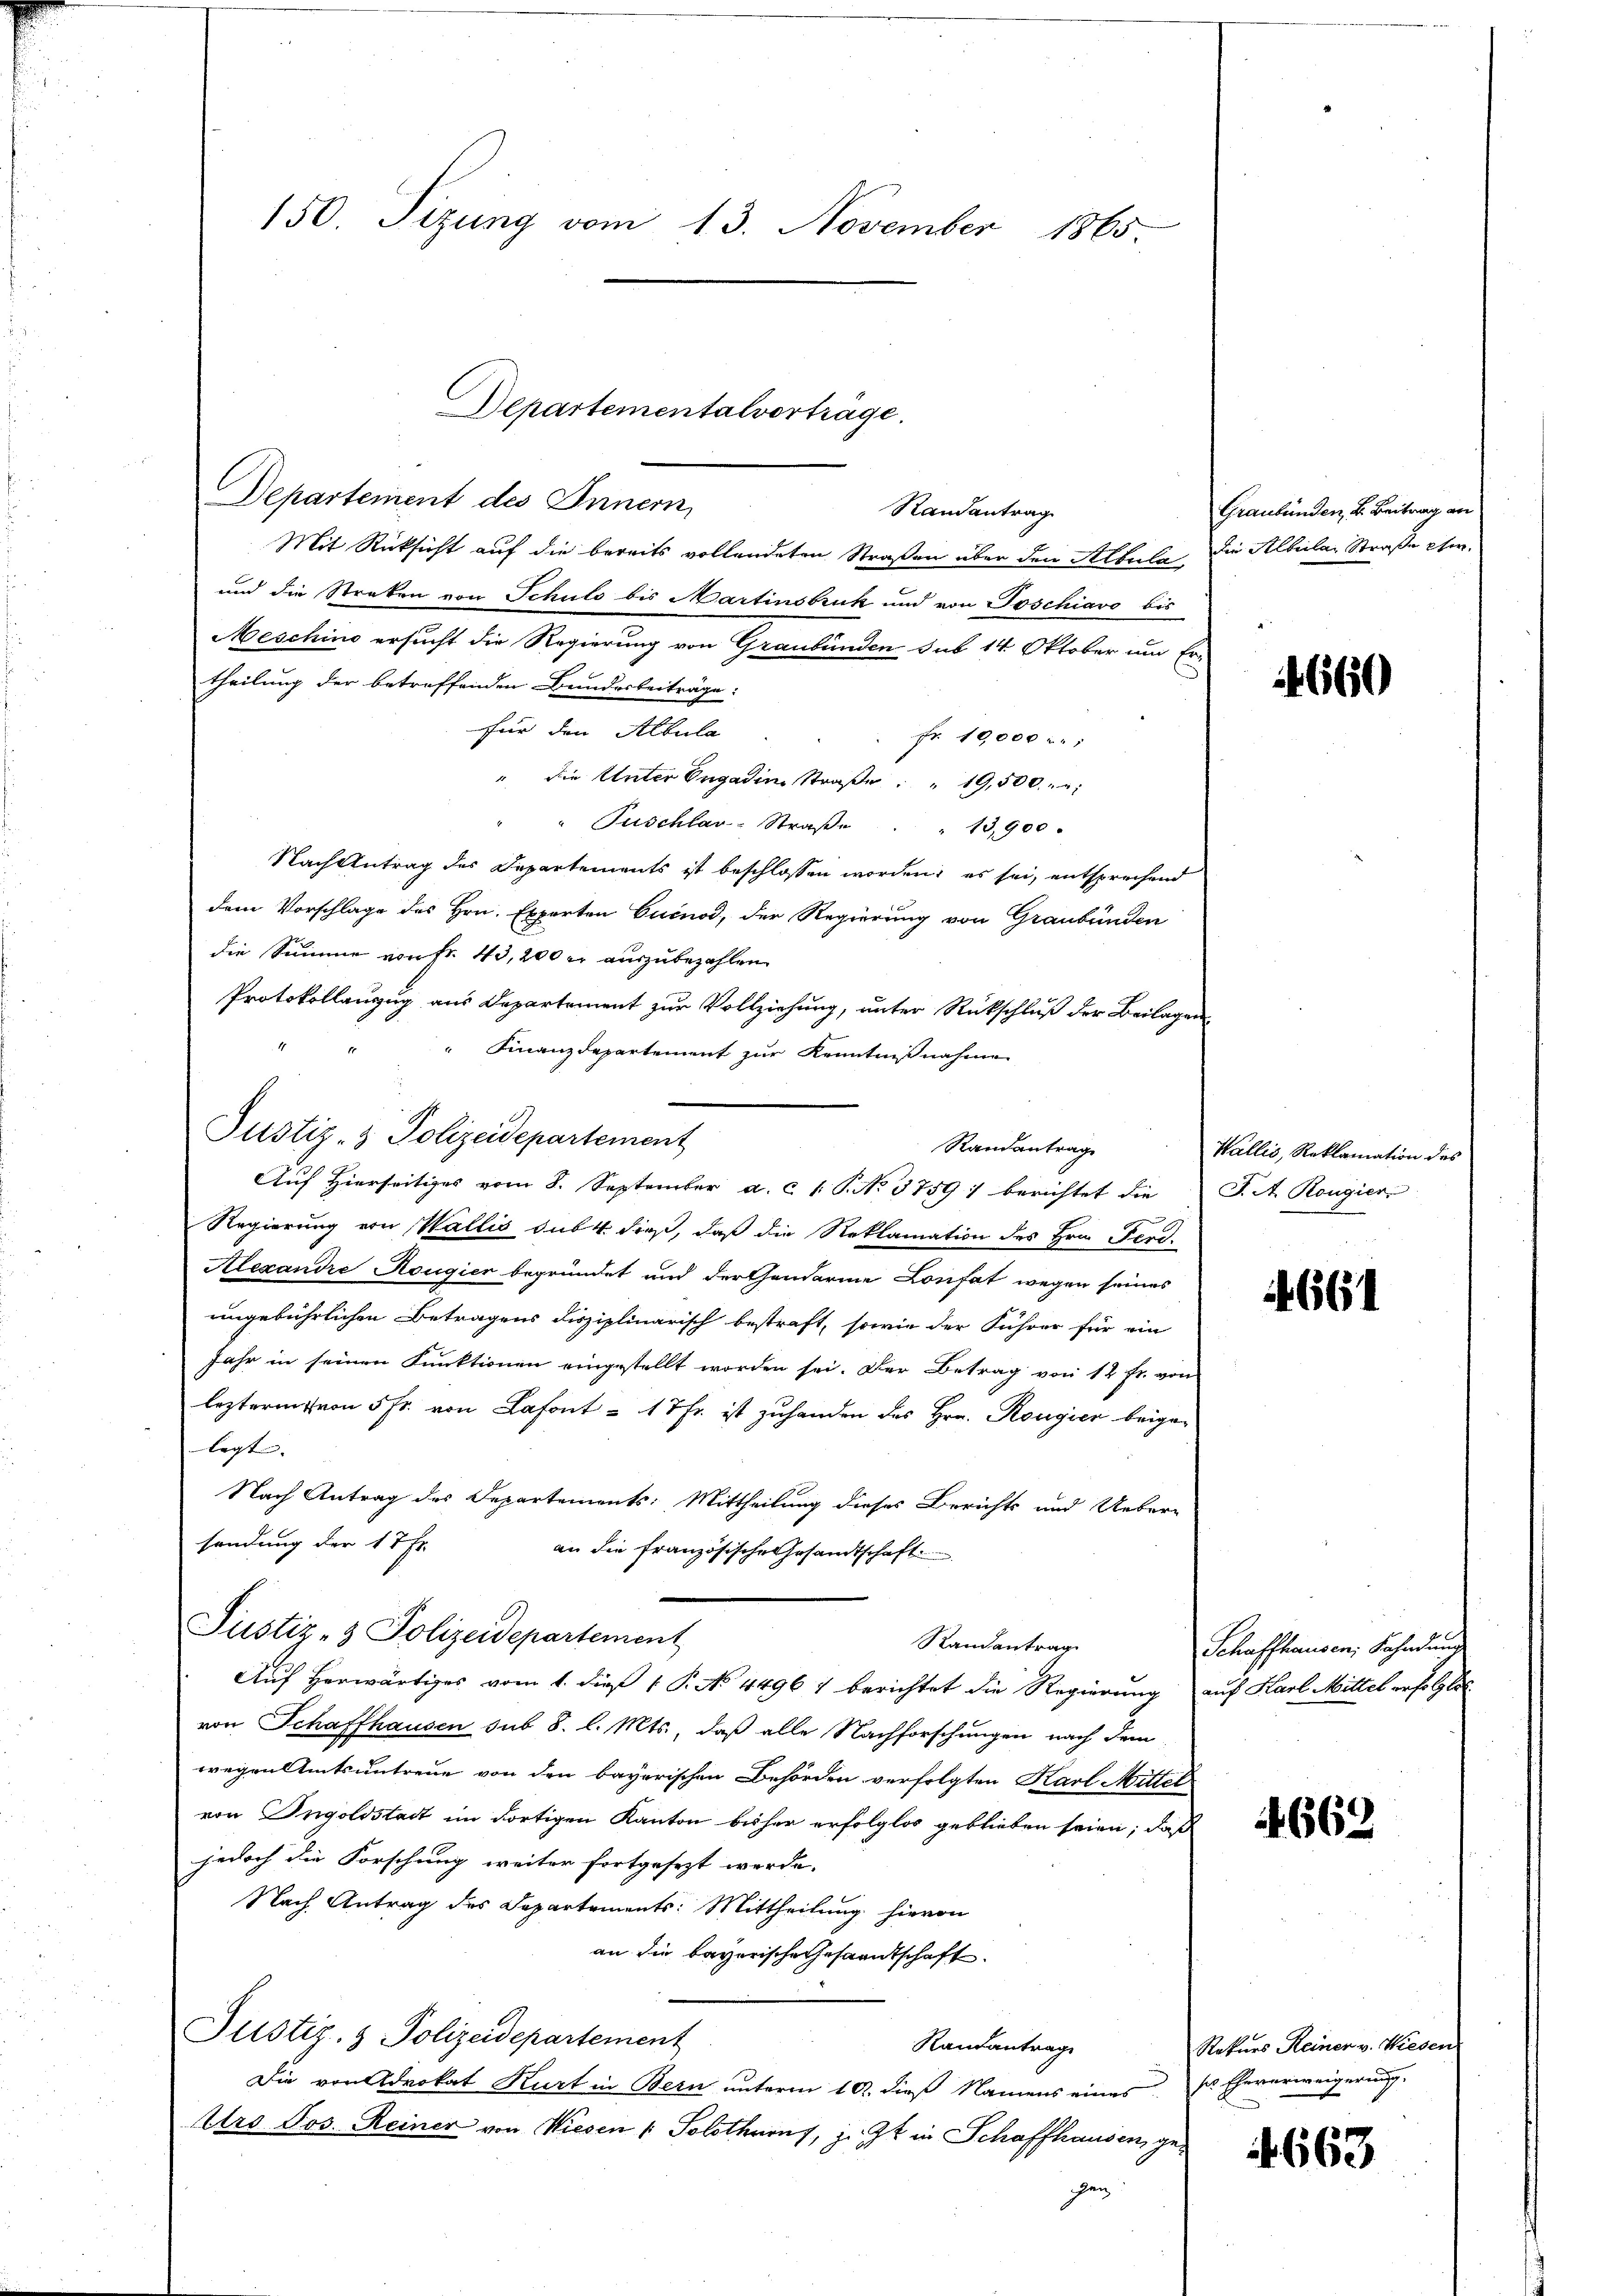
150. Tizung vom 13. November 1865.

Mit Rücksicht auf die bereits vollendeten Straßen über den Albula die Albeilar Straße pfer¬
und die Streken von Schuld bis Martinsbruk und von Joschiavo bis
Meschino ersucht die Regierung von Graubünden sub 14. Oktober um Er-
theilung der betreffenden Bundesbeiträge:
für den Albula
Fr. 10,000
" die Unter Engadine Straße  "  19,500.
" " Puschlar-Straβe . . 13,900.
Nach Antrag des Departements ist beschlossen worden; es sei, entsprechend
dem Vorschlage des Hrn. Experten Cucnod, der Regierung von Graubünden
die Summe von Fr. 43,200 er auszubezahlen
Protokollanzug aus Departement zur Vollziehung, unter Rückschluß der Beilagen
 Finanzdepartement zur Kenntnißnahmen

Justiz- & Polizeidepartement
Randantrag
Auf Hierseitiges vom 8. September a. c. 1 S. No. 3759) berichtet die

Justiz- & Polizeidepartement

Departementalvortrage.
Departement des Innern,
Randantrag

Regierung von Wallis das 4. dieß, daß die Reklamation des Hrn. Ferd
Alexandre Rougier begründet und der handarme Konfat wegen seines
ungebührlichen Betragens disziplinarisch bestraft, sowie der Führer für ein
Jahr in seinen Funktionen eingestellt worden sei. Der Betrag von 12 Fr. von
lezterm von 5 fr. von Lafont - 17fr. ist zuhanden des Hrn. Rougier beigelegt. |
Nach Antrag des Departements: Mittheilung dieses Berichts und Ueber-
sendung der 17 Fr.
an die französische Gesandtschaft
Auf herwärtiges vom 1. dieß 1 P. No. 44967 berichtet die Regierung auf Karl Mittel erfolgte
von Schaffhausen sub 8. l. Mts., daß alle Nachforschungen nach dem
wegen Amtsuntreue von den bayerischen Behörden verfolgten Karl Mittel
von Ingoldstadt im dortigen Kanton bisher erfolglos geblieben seien; daß
jedoch die Forschung weiter fortgesezt werde.
Nach Antrag des Departements: Mittheilung hievon
an die bayerische Gesandtschaft
Justiz- & Polizeidepartement
Randantrage
Die von Advokat Kurt in Bern unterm 10. dieß Namens eines ss Eheverweigerung,
Urs Jos. Reiner von Wiesen ( Solothurn, z. Zt. in Schaffhausen, gegen

Randantrag

Graubünden, u. Beitrag an

660

Wallis, Reklamation des
J. A. Rougier

4661

Schaffhausen, Fahndung

669

Rekurs Reiner v. Wiesen

663